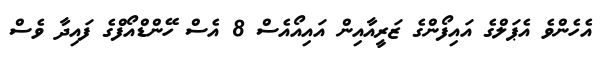
އެހެންވެ އެޕަލްގެ އައިފޯންގެ ޒަރީއާއިން އައިއޯއެސް 8 އެސް ހޭންޑްއޯފްގެ ފައިދާ ވެސް